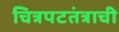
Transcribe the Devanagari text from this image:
चित्रपटतंत्राची